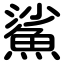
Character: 鯊